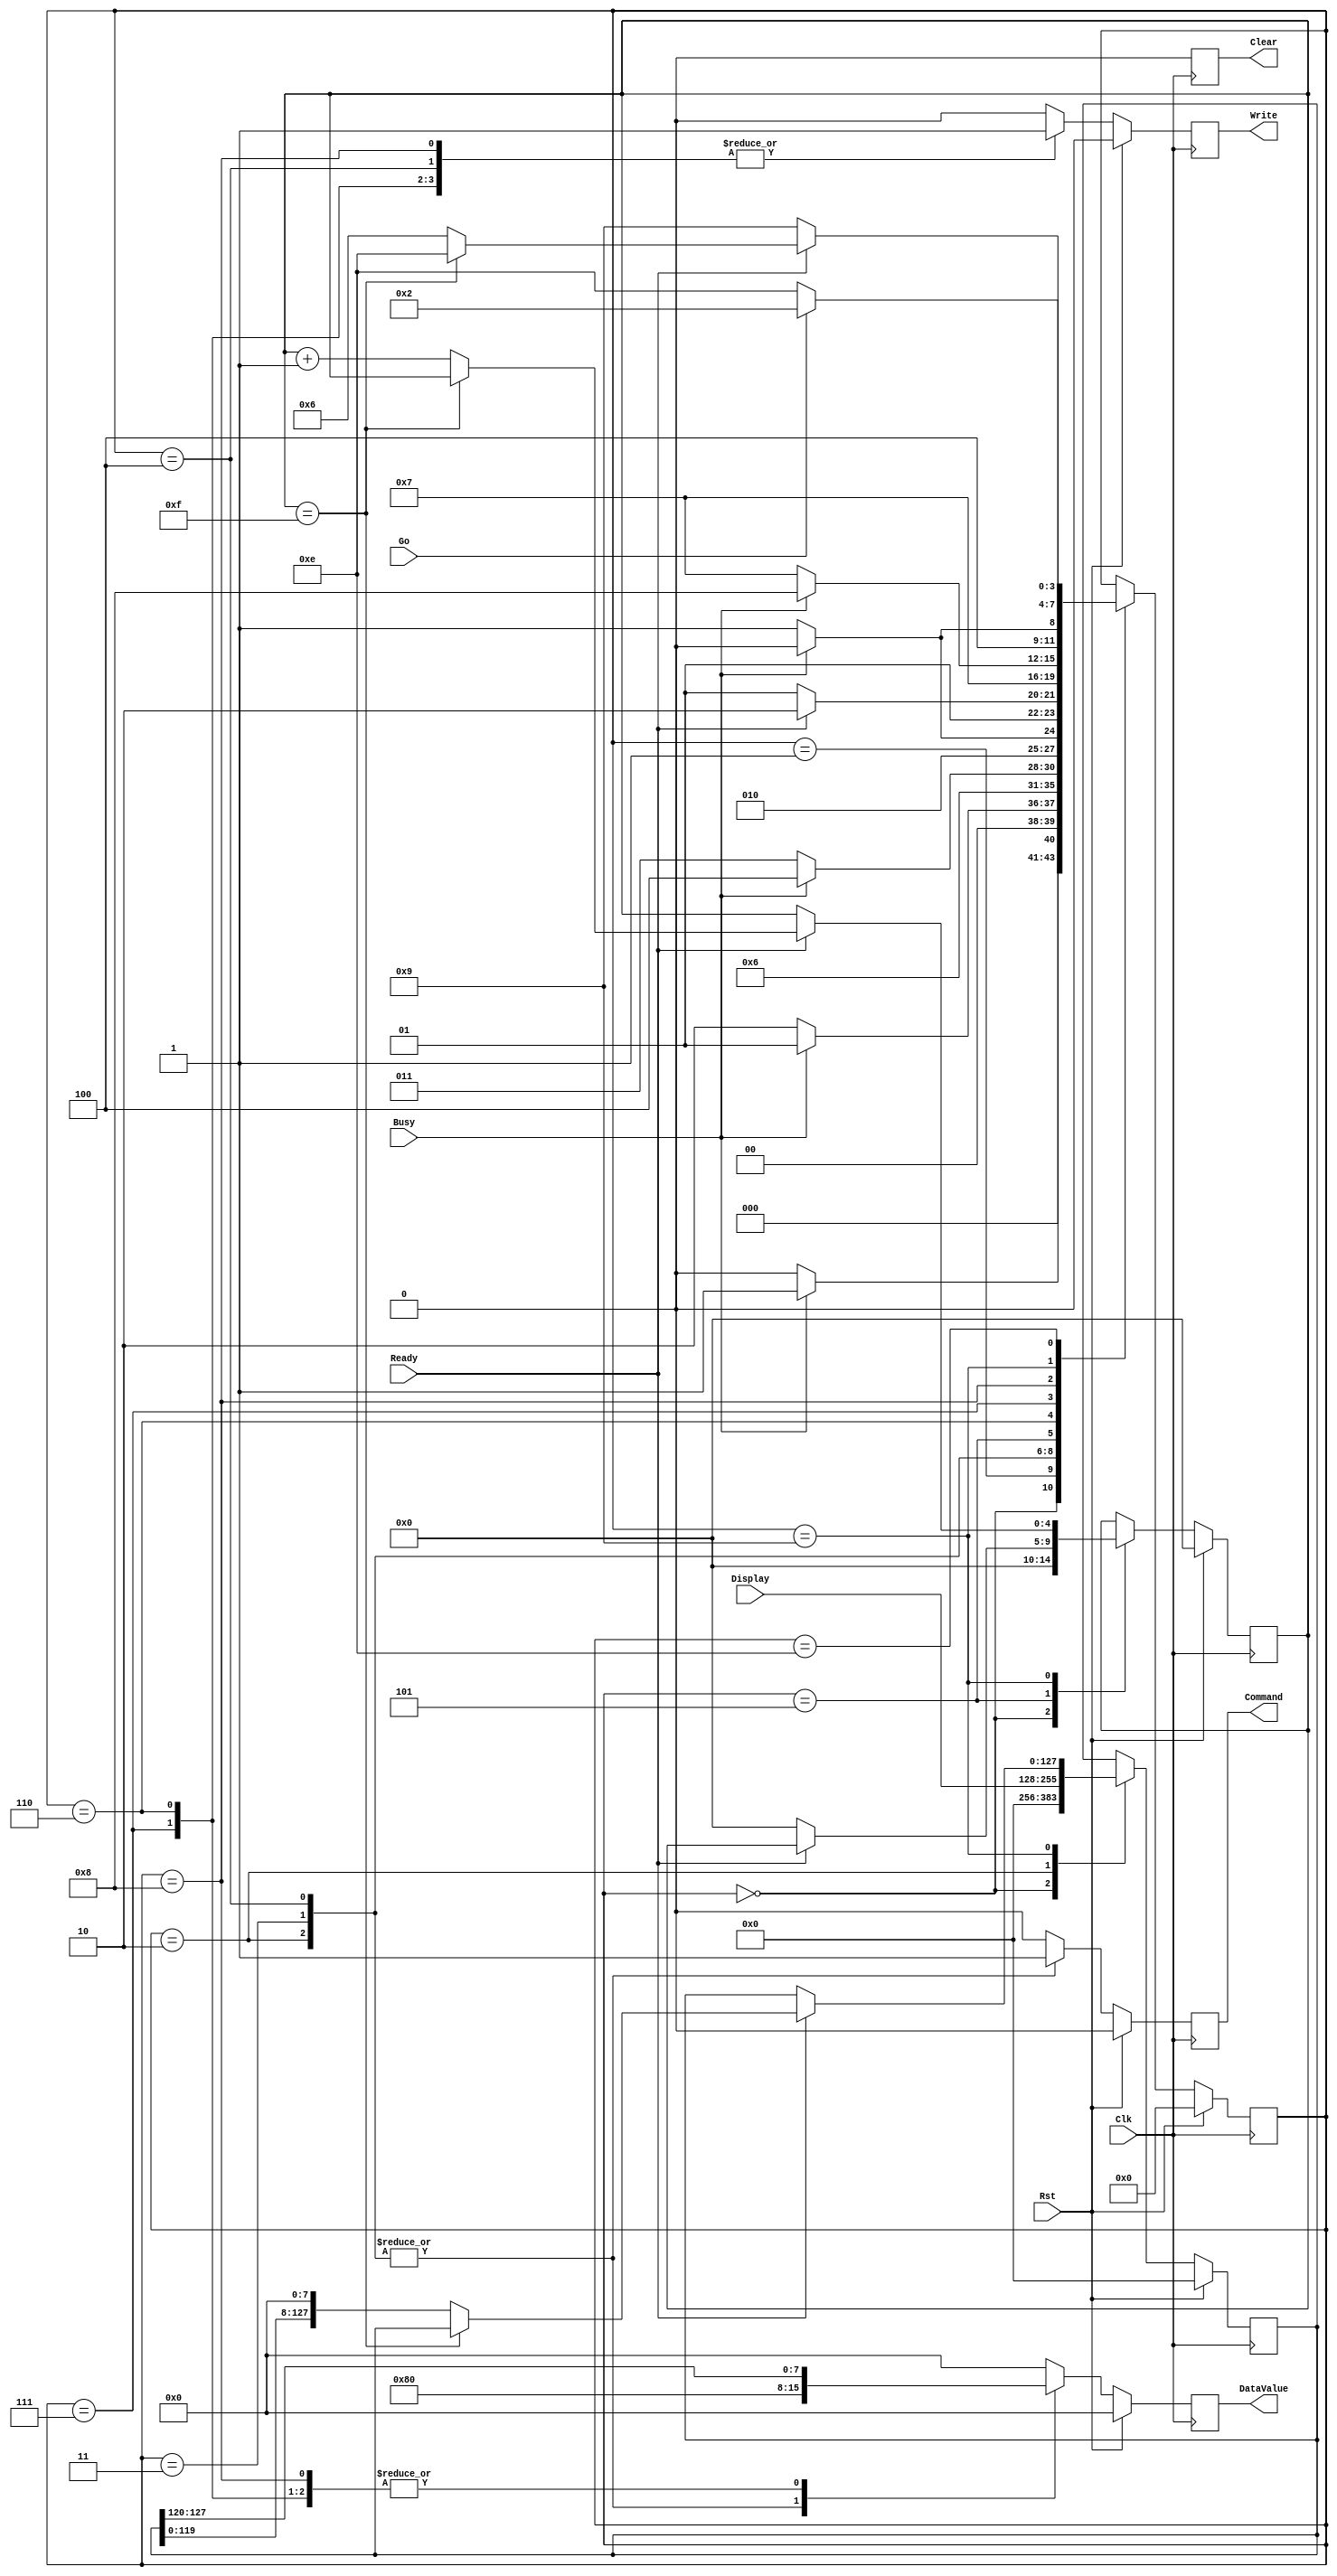
/*
 * LCD Controller
 *
 */

`timescale 1ns/1ns
module LCDCntrl(Rst, Clk, Go, Display, DataValue, Command, Clear, Write, Busy, Ready);
   input Rst, Clk;
   input Go, Busy, Ready;
   input [8*16:1] Display;
	
   output reg [7:0] DataValue;
   output reg Command, Clear, Write;
   
	reg [4:0] CharsDisplayed;
	
   // states
   parameter S_Init0 = 0,
             S_Init1 = 1,
             S_PosInit = 2,
             S_PosWait = 3,
             S_PosAck = 4,
             S_PosDone = 5,
             S_StrInit = 6,
             S_StrWait = 7,
             S_StrAck = 8,
             S_StrIter = 9,
             S_Wait = 14;

   // constants
   parameter C8_0 = 0;
	
   reg [3:0] State;
	reg [8*16:1] DisplayInt;
	
   always @ (posedge Clk) begin
      if( Rst == 1 ) begin
         DataValue <= 0;
         Clear <= 0;
         Command <= 0;
         Write <= 0;
         DisplayInt <= 0;
         CharsDisplayed <= 0;
         State <= S_Init0;
      end
      else begin
         // assign default output values
         DataValue <= 0;
         Clear <= 0;
         Command <= 0;
         Write <= 0;

         case( State )
            S_Init0: begin
               DisplayInt <= 0;
               CharsDisplayed <= 0;
               if( Busy == 0 ) State <= S_Init0;
               else State <= S_Init1;
            end

            S_Init1: begin
               if( Busy == 1 ) State <= S_Init1;
               else State <= S_PosInit;
            end

            S_PosInit: begin
               // Set DDRAM Address (1000 0000)
               DataValue <= 8'b10000000;
               Command <= 1;
               Write <= 1;
               DisplayInt <= Display;
               State <= S_PosWait;
            end

            S_PosWait: begin
               DataValue <= 8'b10000000;
               Command <= 1;
               Write <= 1;
               if( Busy == 0 ) State <= S_PosWait;
               else State <= S_PosAck;
            end

            S_PosAck: begin
               DataValue <= 8'b10000000;
               Command <= 1;
               Write <= 1;
               if( Busy == 1 ) State <= S_PosAck;
               else State <= S_PosDone;
            end

            S_PosDone: begin
               Write <= 0;
               if( Ready == 0 ) begin
  					   CharsDisplayed <= 0;
                  State <= S_PosDone;
					end	
               else begin
                  State <= S_StrInit;
					end
            end

				// Write String to LCD
            S_StrInit: begin
		         DataValue <= DisplayInt[8*16:8*15+1];
               Command <= 0;
               Write <= 1;
               State <= S_StrWait;
            end
				
            S_StrWait: begin
               DataValue <= DisplayInt[8*16:8*15+1];
               Command <= 0;
               Write <= 1;
               if( Busy == 0 ) State <= S_StrWait;
               else State <= S_StrAck;
            end

            S_StrAck: begin
               DataValue <= DisplayInt[8*16:8*15+1];
               Command <= 0;
               Write <= 1;
               if( Busy == 1 ) State <= S_StrAck;
               else State <= S_StrIter;
            end

            S_StrIter: begin
               Write <= 0;
               if( Ready == 0 ) State <= S_StrIter;
               else begin
					   if( CharsDisplayed == 15 ) begin
						   State <= S_Wait;
						end
						else begin
						   CharsDisplayed <= CharsDisplayed + 1;
							DisplayInt <= DisplayInt << 8;
							State <= S_StrInit;
						end
					end
            end

            S_Wait: begin
				   if( Go == 1 ) State <= S_PosInit;
					else State <= S_Wait;
				end
        endcase
      end
   end
endmodule

/*
 * LCD Driver - Sends commands to LCD using 4-bit interface
 *
 */

`timescale 1ns/1ns
module LCDDriver(Rst, Clk, DataValue, Command, Clear, Write, Busy, Ready, LCD_Data, LCD_E, LCD_RS, LCD_RW);

   // user interface
   input Rst, Clk;
   input [7:0] DataValue;
   input Command, Clear, Write;
   output Busy, Ready;
   reg Busy, Ready;

   // LCD interface
   output reg [11:8] LCD_Data;
   output reg LCD_E, LCD_RS, LCD_RW;

   // states
   parameter INIT_S0    = 0;
   parameter INIT_S1    = 1;
   parameter INIT_S1e   = 41;
   parameter INIT_S2    = 2;
   parameter INIT_S3    = 3;
   parameter INIT_S4    = 4;
   parameter INIT_S5    = 5;
   parameter INIT_S6    = 6;
   parameter INIT_S7    = 7;
   parameter INIT_S7e   = 42;
   parameter INIT_S8    = 8;
   parameter INIT_S9    = 9;
   parameter INIT_S10   = 10;
   parameter INIT_S11   = 11;
   parameter INIT_S12   = 12;
   parameter INIT_S13   = 13;
   parameter INIT_S14   = 14;
   parameter INIT_S15   = 15;
   parameter INIT_S16   = 16;
   parameter INIT_S17   = 17;
   parameter INIT_S18   = 18;
   parameter INIT_S19   = 19;
   parameter INIT_S20   = 20;
   parameter INIT_S21   = 21;
   parameter INIT_S22   = 22;
   parameter INIT_S23   = 23;
   parameter INIT_S24   = 24;

   parameter WAIT       = 25;

   parameter Clear_S0   = 26;
   parameter Clear_S1   = 27;
   parameter Clear_S2   = 28;
   parameter Clear_S3   = 29;
   parameter Clear_S4   = 30;
	
   parameter WR_CMD_S0  = 31;
   parameter WR_CMD_S1  = 32;
   parameter WR_CMD_S2  = 33;
   parameter WR_CMD_S3  = 34;
   parameter WR_CMD_S4  = 35;

   parameter WR_DATA_S0 = 36;
   parameter WR_DATA_S1 = 37;
   parameter WR_DATA_S2 = 38;
   parameter WR_DATA_S3 = 39;
   parameter WR_DATA_S4 = 40;

   // constants
   parameter C9_0   = 9'b000000000;
   parameter C9_2   = 9'b000000010;
   parameter C9_3   = 9'b000000011;
   parameter C9_42  = 9'b000101010;
   parameter C9_103 = 9'b001100111;
   parameter C9_200 = 9'b011001000;
   parameter C9_375 = 9'b101110111;

   // variables
   reg [5:0] State;
   reg [8:0] Counter;

   always @ (posedge Clk) begin
      if( Rst == 1 ) begin
         Counter <= 0;
         State <= INIT_S0;

         Busy <= 0;
         Ready <= 0;
         LCD_E <= 0;
         LCD_RS <= 0;
         LCD_RW <= 0;
         LCD_Data <= 4'b0000;

      end
      else begin
         // assign default output values
         Busy <= 0;
         LCD_E <= 0;
         LCD_RS <= 0;
         LCD_RW <= 0;
         LCD_Data <= 4'b0000;
         Ready <= 0;
			
         case( State )
            INIT_S0: begin
               Busy <= 1;
               State <= INIT_S1;
            end

            INIT_S1: begin
               Counter <= C9_0;
               Busy <= 1;
               LCD_Data <= 4'b0011;
               State <= INIT_S1e;
            end

            INIT_S1e: begin
               Counter <= C9_0;
               Busy <= 1;
               LCD_Data <= 4'b0011;
               LCD_E <= 1;
               State <= INIT_S2;
            end

            INIT_S2: begin
               Busy <= 1;
               LCD_Data <= 4'b0011;
               LCD_E <= 0;
	            State <= INIT_S3;
            end

            INIT_S3: begin
               Counter <= C9_0;
               Busy <= 1;
               LCD_Data <= 4'b0011;
               LCD_E <= 1;
               State <= INIT_S4;
            end

            INIT_S4: begin
               Busy <= 1;
               LCD_E <= 0;
               LCD_Data <= 4'b0011;
               State <= INIT_S5;
            end

            INIT_S5: begin
               Busy <= 1;
               Counter <= C9_0;
               LCD_Data <= 4'b0011;
               LCD_E <= 1;
               State <= INIT_S6;
            end

            INIT_S6: begin
               Busy <= 1;
               LCD_Data <= 4'b0011;
               LCD_E <= 0;
               State <= INIT_S7;
            end

            INIT_S7: begin
               Counter <= C9_0;
               Busy <= 1;
               LCD_Data <= 4'b0010;
               State <= INIT_S7e;
            end

            INIT_S7e: begin
               Counter <= C9_0;
               Busy <= 1;
               LCD_Data <= 4'b0010;
               LCD_E <= 1;
               State <= INIT_S8;
            end

            INIT_S8: begin
               Busy <= 1;
               LCD_Data <= 4'b0010;
               LCD_E <= 0;
               State <= INIT_S9;
            end

            // INIT_S9 to INIT_S12 Issues Function Set Command
            INIT_S9: begin
               Counter <= C9_0;
               Busy <= 1;
               LCD_Data <= 4'b0010;
               LCD_E <= 1;
               State <= INIT_S10;
            end

            INIT_S10: begin
               Busy <= 1;
               LCD_E <= 0;
               State <= INIT_S11;
            end

            INIT_S11: begin
               Busy <= 1;
               LCD_Data <= 4'b1000;
               LCD_E <= 1;
               State <= INIT_S12;
            end

            INIT_S12: begin
               Busy <= 1;
               LCD_E <= 0;
               State <= INIT_S13;
            end

            // INIT_S13 to INIT_S16 Issues Entry Mode Set Command
            INIT_S13: begin
               Busy <= 1;
               LCD_Data <= 4'b0000;
               LCD_E <= 1;
               State <= INIT_S14;
            end

            INIT_S14: begin
               Busy <= 1;
               LCD_E <= 0;
               State <= INIT_S15;
            end

            INIT_S15: begin
               Busy <= 1;
               LCD_Data <= 4'b0110;
               LCD_E <= 1;
               State <= INIT_S16;
            end

            INIT_S16: begin
               Busy <= 1;
               LCD_E <= 0;
               State <= INIT_S17;
            end

            // INIT_S17 to INIT_S20 Issues Display On/Off Command
            INIT_S17: begin
               Busy <= 1;
               LCD_Data <= 4'b0000;
               LCD_E <= 1;
               State <= INIT_S18;
            end

            INIT_S18: begin
               Busy <= 1;
               LCD_E <= 0;
               State <= INIT_S19;
            end

            INIT_S19: begin
               Busy <= 1;
               LCD_Data <= 4'b1100;
               LCD_E <= 1;
               State <= INIT_S20;
            end

            INIT_S20: begin
               Busy <= 1;
               LCD_E <= 0;
               State <= INIT_S21;
            end

            // INIT_S21 to INIT_S24 Issues Clear Display Command
            INIT_S21: begin
               Busy <= 1;
               LCD_Data <= 4'b0000;
               LCD_E <= 1;
               State <= INIT_S22;
            end

            INIT_S22: begin
               Busy <= 1;
               LCD_E <= 0;
               State <= INIT_S23;
            end

            INIT_S23: begin
               Counter <= C9_0;
               Busy <= 1;
               LCD_Data <= 4'b0001;
               LCD_E <= 1;
               State <= INIT_S24;
            end

            INIT_S24: begin
               Busy <= 1;
               LCD_E <= 0;
               if( Counter == C9_42 ) begin
                  State <= WAIT;
               end
               else begin
                  Counter <= Counter + 1;
                  State <= INIT_S24;
               end
            end

            WAIT: begin
               Busy <= 0;
               Ready <= 1;
               if( Clear == 1 ) begin
                  State <= Clear_S0;
               end
               else if( Command == 1 && Write == 1) begin
                  State <= WR_CMD_S0;
               end
               else if( Command == 0 && Write == 1) begin
                  State <= WR_DATA_S0;
               end
               else begin
                  State <= WAIT;
               end
            end

            // Clear_S0 to S3 Issues Clear Display Command
            Clear_S0: begin
               Busy <= 1;
               LCD_Data <= 4'b0000;
               LCD_E <= 1;
               State <= Clear_S1;
            end

            Clear_S1: begin
               Busy <= 1;
               LCD_E <= 0;
               State <= Clear_S2;
            end

            Clear_S2: begin
               Counter <= C9_0;
               Busy <= 1;
               LCD_Data <= 4'b0001;
               LCD_E <= 1;
               State <= Clear_S3;
            end

            Clear_S3: begin
               Busy <= 1;
               LCD_E <= 0;
               if( Counter == C9_42 ) begin
                  State <= Clear_S4;
               end
               else begin
                  Counter <= Counter + 1;
                  State <= Clear_S3;
               end
            end

            Clear_S4: begin
               Busy <= 0;
               if( Clear == 1 ) begin
                  State <= Clear_S4;
               end
               else begin
                  State <= WAIT;
               end
            end
				
            // WR_CMD_S0 to WR_CMD_S3 Issues Command in DataValue
            WR_CMD_S0: begin
               Busy <= 1;
               LCD_Data <= DataValue[7:4];
               LCD_RS <= 0;
               LCD_RW <= 0;
               LCD_E <= 1;
               State <= WR_CMD_S1;
            end

            WR_CMD_S1: begin
               Busy <= 1;
               LCD_E <= 0;
               State <= WR_CMD_S2;
            end

            WR_CMD_S2: begin
               Busy <= 1;
               LCD_Data <= DataValue[3:0];
               LCD_RS <= 0;
               LCD_RW <= 0;
               LCD_E <= 1;
               State <= WR_CMD_S3;
            end

            WR_CMD_S3: begin
               Busy <= 1;
               LCD_E <= 0;
               State <= WR_CMD_S4;
            end

            WR_CMD_S4: begin
               Busy <= 0;
               if( Write == 1 ) begin
                  State <= WR_CMD_S4;
               end
               else begin
                  State <= WAIT;
               end					
            end

            // WR_DATA_S0 to WR_DATA_S3 Issues Write Data for DataValue
            WR_DATA_S0: begin
               Busy <= 1;
               LCD_Data <= DataValue[7:4];
               LCD_RS <= 1;
               LCD_RW <= 0;
               LCD_E <= 1;
               State <= WR_DATA_S1;
            end

            WR_DATA_S1: begin
               Busy <= 1;
               LCD_RS <= 1;
               LCD_E <= 0;
               State <= WR_DATA_S2;
            end

            WR_DATA_S2: begin
               Busy <= 1;
               LCD_Data <= DataValue[3:0];
               LCD_RS <= 1;
               LCD_RW <= 0;
               LCD_E <= 1;
               State <= WR_DATA_S3;
            end

            WR_DATA_S3: begin
               Busy <= 1;
               LCD_RS <= 1;
               LCD_E <= 0;
               State <= WR_DATA_S4;
            end

            WR_DATA_S4: begin
               Busy <= 0;
               if( Write == 1 ) begin
                  State <= WR_DATA_S4;
               end
               else begin
                  State <= WAIT;
               end					
            end
         endcase
      end
   end
endmodule


/*
 * Top Level LCD Disaply Interface
 *
 */

`timescale 1ns / 1ns
module LcdInterface(Rst, Clk, Go, Display, LCD_Data, LCD_E, LCD_RS, LCD_RW);

   input Clk, Rst;
	input Go;
   input [8*16:1] Display;
   output [11:8] LCD_Data;
   output LCD_E, LCD_RS, LCD_RW;
   
   wire LCD_Clk;
   wire [7:0] DataValue;
   wire Command, Clear, Write, Busy, Ready;

   LCDCntrl LCDCntrl_0 (Rst, Clk, Go, Display, DataValue, Command, Clear, Write, Busy, Ready);
   LCDDriver LCDDriver_0 (Rst, Clk, DataValue, Command, Clear, Write, Busy, Ready, LCD_Data, LCD_E, LCD_RS, LCD_RW);

endmodule